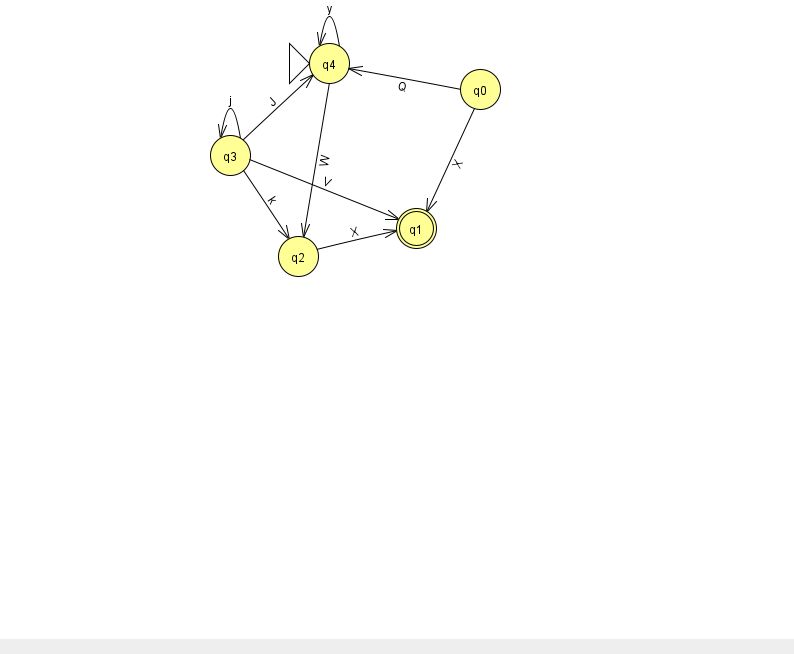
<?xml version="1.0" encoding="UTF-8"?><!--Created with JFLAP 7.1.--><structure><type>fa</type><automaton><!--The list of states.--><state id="0" name="q0"><x>480.0</x><y>76.0</y></state><state id="1" name="q1"><x>416.0</x><y>215.0</y><final/></state><state id="2" name="q2"><x>298.0</x><y>243.0</y></state><state id="3" name="q3"><x>230.0</x><y>142.0</y></state><state id="4" name="q4"><x>329.0</x><y>50.0</y><initial/></state><!--The list of transitions.--><transition><from>2</from><to>1</to><read>X</read></transition><transition><from>3</from><to>1</to><read>V</read></transition><transition><from>3</from><to>4</to><read>J</read></transition><transition><from>3</from><to>2</to><read>k</read></transition><transition><from>4</from><to>2</to><read>W</read></transition><transition><from>0</from><to>4</to><read>Q</read></transition><transition><from>4</from><to>4</to><read>y</read></transition><transition><from>3</from><to>3</to><read>j</read></transition><transition><from>0</from><to>1</to><read>X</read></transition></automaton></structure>